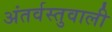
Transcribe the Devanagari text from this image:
अंतर्वस्तुवाली